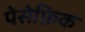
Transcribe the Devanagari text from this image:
पेसेफ़िक